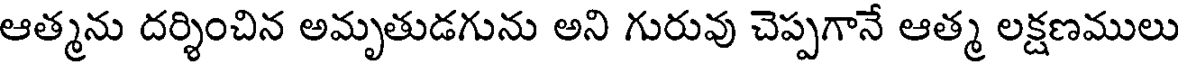
ఆత్మను దర్శించిన అమృతుడగును అని గురువు చెప్పగానే ఆత్మ లక్షణములు